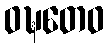
ဝဍ္ဎတေဝ